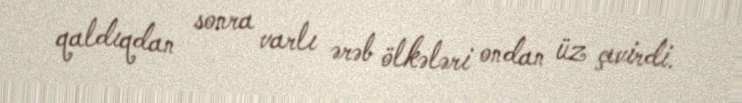
qaldıqdan sonra varlı ərəb ölkələri ondan üz çevirdi.